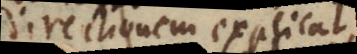
directionem explicat